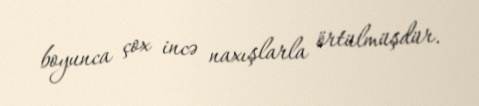
boyunca çox incə naxışlarla örtülmüşdür.